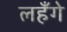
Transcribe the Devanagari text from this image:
लहँगे